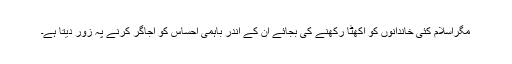
مگراسلام کئی خاندانوں کو اکھٹا رکھنے کی بجائے ان کے اندر باہمی احساس کو اجاگر کرنے پہ زور دیتا ہے۔